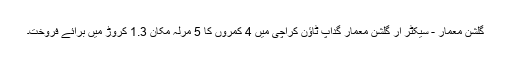
گلشنِ معمار - سیکٹر آر گلشنِ معمار گداپ ٹاؤن کراچی میں 4 کمروں کا 5 مرلہ مکان 1.3 کروڑ میں برائے فروخت۔